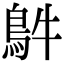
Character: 𩿓